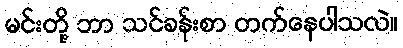
မင်းတို့ ဘာ သင်ခန်းစာ တက်နေပါသလဲ။